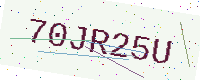
Text: 70JR25U